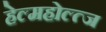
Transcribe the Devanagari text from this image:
हेल्महोल्त्ज